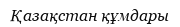
Қазақстан құмдары